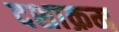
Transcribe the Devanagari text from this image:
दशाक्रम